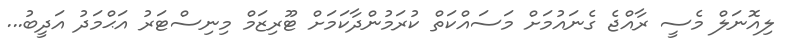
ލިއޮނަލް މެސީ ރާއްޖެ ގެނައުމަށް މަސައްކަތް ކުރަމުންދާކަމަށް ޓޫރިޒަމް މިނިސްޓަރު އަޙްމަދު އަދީބު...